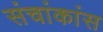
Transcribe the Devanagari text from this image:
संचांकांस